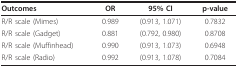
| Outcomes | OR | 95% CI | p-value |
 | --- | --- | --- | --- |
 | R/R scale (Mimes) | 0.989 | (0.913, 1.071) | 0.7832 |
 | R/R scale (Gadget) | 0.881 | (0.792, 0.980) | 0.8708 |
 | R/R scale (Muffinhead) | 0.990 | (0.913, 1.073) | 0.6948 |
 | R/R scale (Radio) | 0.992 | (0.913, 1.078) | 0.7084 |